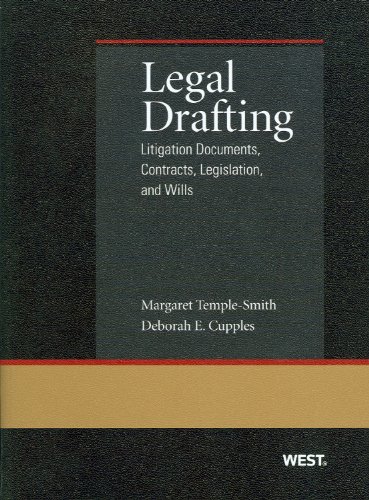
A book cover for Legal Drafting: Litigation Documents (American Casebook Series); Margaret Temple-Smith; Law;